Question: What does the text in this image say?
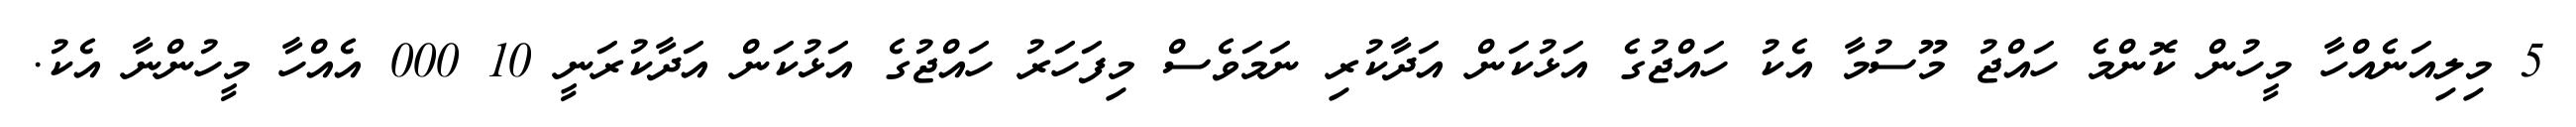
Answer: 5 މިލިއަނެއްހާ މީހުން ކޮންމެ ހައްޖު މޫސުމާ އެކު ހައްޖުގެ އަޅުކަން އަދާކުރި ނަމަވެސް މިފަހަރު ހައްޖުގެ އަޅުކަން އަދާކުރަނީ 10 000 އެއްހާ މީހުންނާ އެކު.